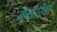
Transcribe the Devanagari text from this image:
मॅन्डेरिनी